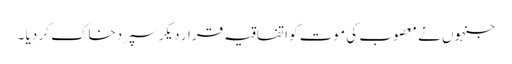
جنہوں نے معصوب کی موت کو اتفاقیہ قرار دیکر سپردخاک کر دیا ۔